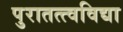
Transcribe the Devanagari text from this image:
पुरातत्त्वविद्या